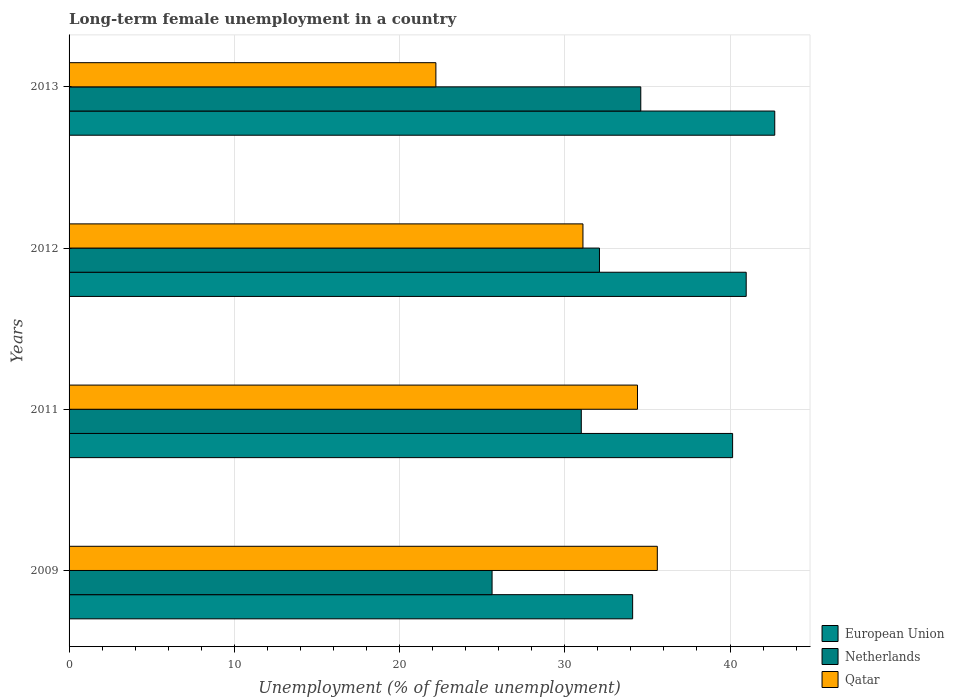
| Years | European Union | Netherlands | Qatar |
 | --- | --- | --- | --- |
 | 2009 | 34.1 | 25.6 | 35.6 |
 | 2011 | 40.2 | 31 | 34.4 |
 | 2012 | 41 | 32.1 | 31.1 |
 | 2013 | 42.7 | 34.6 | 22.2 |